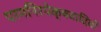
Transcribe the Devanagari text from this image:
परमनिरपेक्षवादियों